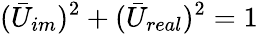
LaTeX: (\bar{U}_{im})^{2}+(\bar{U}_{real})^{2}=1